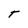
Character: T